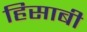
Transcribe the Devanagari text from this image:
हिसाबी